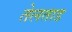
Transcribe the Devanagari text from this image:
तेलताड